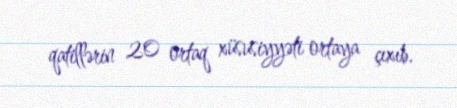
qatillərin 20 ortaq xüsusiyyəti ortaya çıxıb.